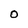
Character: O